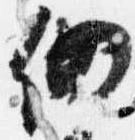
仍